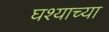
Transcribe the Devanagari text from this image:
घश्याच्या